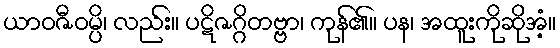
ယာဝဇီဝမ္ပိ၊ လည်း။ ပဋိဇဂ္ဂိတဗ္ဗာ၊ ကုန်၏။ ပန၊ အထူးကိုဆိုအံ့။